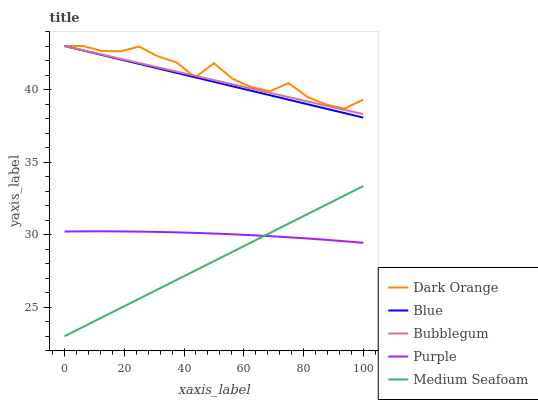
| xaxis_label | Dark Orange | Blue | Bubblegum | Purple | Medium Seafoam |
 | --- | --- | --- | --- | --- | --- |
 | 0 | 43 | 43 | 43 | 30.2 | 23 |
 | 6.25 | 43 | 42.7 | 42.7 | 30.2 | 23.6 |
 | 12.5 | 42.7 | 42.4 | 42.4 | 30.2 | 24.3 |
 | 18.8 | 42.6 | 42.1 | 42.1 | 30.2 | 24.9 |
 | 25 | 43 | 41.8 | 41.8 | 30.2 | 25.6 |
 | 31.2 | 42.3 | 41.5 | 41.5 | 30.2 | 26.2 |
 | 37.5 | 41.9 | 41.2 | 41.2 | 30.2 | 26.9 |
 | 43.8 | 40.8 | 40.8 | 40.9 | 30.1 | 27.5 |
 | 50 | 41.8 | 40.5 | 40.7 | 30.1 | 28.2 |
 | 56.2 | 40.7 | 40.2 | 40.4 | 30 | 28.8 |
 | 62.5 | 40.2 | 39.9 | 40.1 | 30 | 29.5 |
 | 68.8 | 39.9 | 39.6 | 39.8 | 29.9 | 30.1 |
 | 75 | 40.4 | 39.3 | 39.5 | 29.8 | 30.8 |
 | 81.2 | 39.5 | 39 | 39.2 | 29.7 | 31.4 |
 | 87.5 | 39 | 38.7 | 38.9 | 29.6 | 32.1 |
 | 93.8 | 38.7 | 38.4 | 38.6 | 29.5 | 32.7 |
 | 100 | 39.3 | 38.1 | 38.3 | 29.4 | 33.3 |